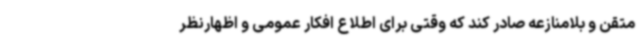
متقن و بلامنازعه صادر کند که وقتی برای اطلاع افکار عمومی و اظهارنظر